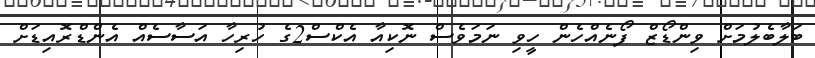
ބަލާބެލުމަށް ވިންޑޯޒް ފޯނެއްހެން ހީވި ނަމަވެސް ނޮކިއާ އެކްސް2ގެ ހުރިހާ އަސާސެއް އެންޑްރޮއިޑަށް